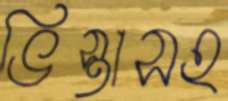
ভিস্তাসহ